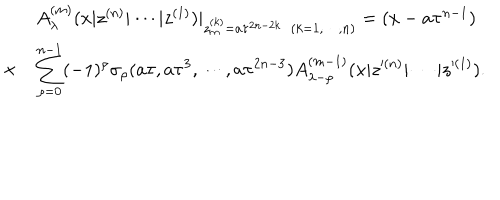
\begin{array} { c l } { { } } & { { A _ { \lambda } ^ { ( m ) } ( x | z ^ { ( n ) } | \cdots | z ^ { ( 1 ) } ) | _ { z _ { m } ^ { ( k ) } = a \tau ^ { 2 n - 2 k } ~ ~ ( k = 1 , \cdots , n ) } = ( x - a \tau ^ { n - 1 } ) } } \\ { { \times } } & { { \displaystyle \sum _ { \rho = 0 } ^ { n - 1 } ( - 1 ) ^ { \rho } \sigma _ { \rho } ( a \tau , a \tau ^ { 3 } , \cdots , a \tau ^ { 2 n - 3 } ) A _ { \lambda - \rho } ^ { ( m - 1 ) } ( x | z ^ { ( n ) } | \cdots | z ^ { ( 1 ) } ) . } } \\ \end{array}